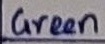
Text: Green